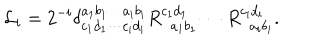
{ \cal L } _ { i } = 2 ^ { - i } \delta _ { c _ { 1 } d _ { 1 } \cdots c _ { i } d _ { i } } ^ { a _ { 1 } b _ { 1 } \cdots a _ { i } b _ { i } } R _ { \ \ a _ { 1 } b _ { 1 } } ^ { c _ { 1 } d _ { 1 } } \cdots R _ { \ \ a _ { i } b _ { i } } ^ { c _ { i } d _ { i } } .